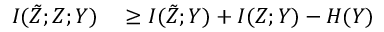
\begin{array} { r l } { I ( \tilde { Z } ; Z ; Y ) } & { { } \ge I ( \tilde { Z } ; Y ) + I ( Z ; Y ) - H ( Y ) } \end{array}